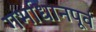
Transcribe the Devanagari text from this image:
गर्भाधानपूर्व